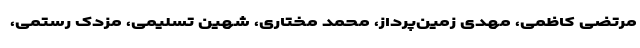
مرتضی کاظمی، مهدی زمین‌پرداز، محمد مختاری، شهین تسلیمی، مزدک رستمی،